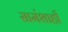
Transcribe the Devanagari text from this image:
सामंशाही